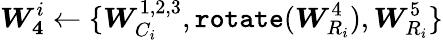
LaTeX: \boldsymbol{W_{4}}^{i}\leftarrow\{ \boldsymbol{W}_{C_{i}}^{1,2,3},\texttt{rotate}(\boldsymbol{W}_{R_{i}}^{4}),\boldsymbol{W}_{R_{i}}^{5}\}